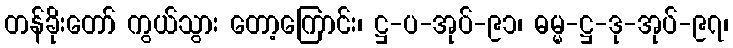
တန်ခိုးတော် ကွယ်သွား တော့ကြောင်း၊ ဋ္ဌ-ပ-အုပ်-၉၁၊ ဓမ္မ-ဋ္ဌ-ဒု-အုပ်-၉၇၊